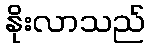
နိုးလာသည်